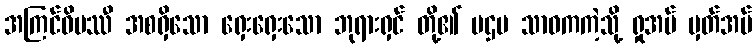
အကြင်ဝိပဿီ အစရှိသော ရှေးရှေးသော ဘုရားရှင် တို့၏ ပဌမ သာဝကကဲ့သို့ ရှုအပ် မှတ်အပ်